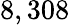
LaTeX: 8,308